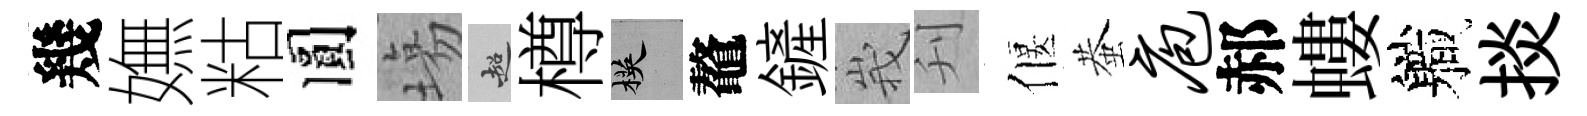
幾嫵䊀圓塲超樽楧鼇鏟峩刋偃蛬庖郝螻軄掞